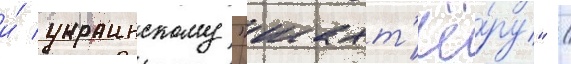
и́ украинскому "шахт'ё́ру" /